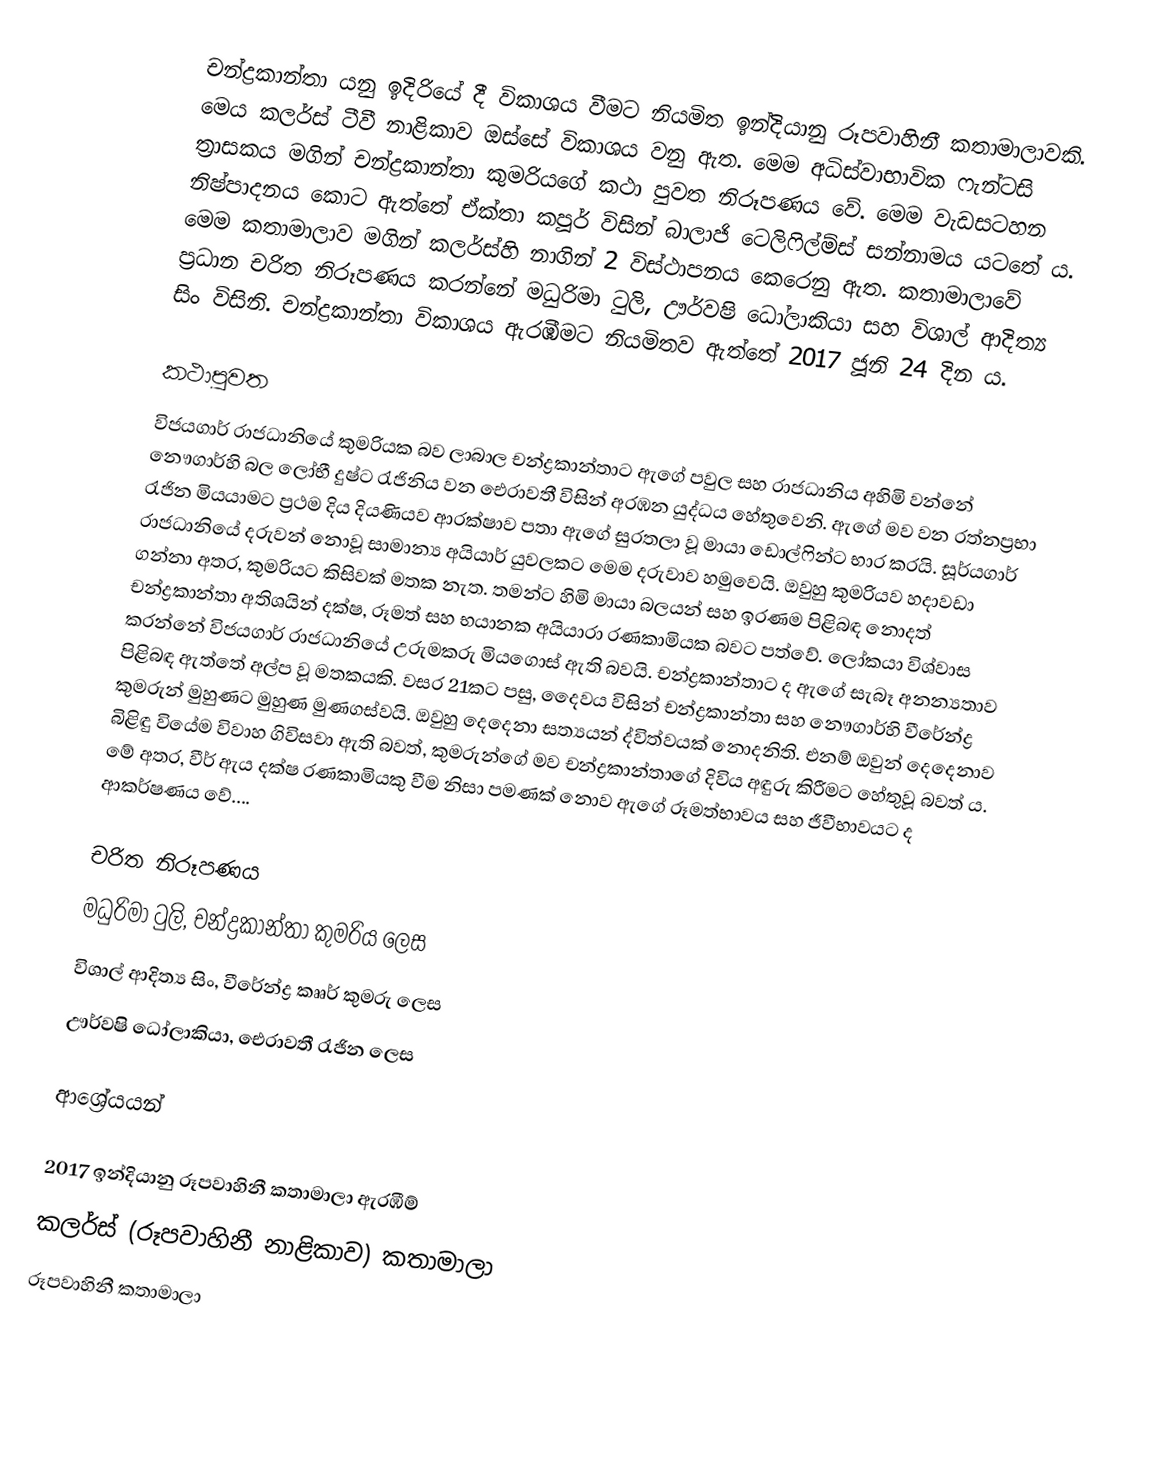
චන්ද්‍රකාන්තා යනු ඉදිරියේ දී විකාශය වීමට නියමිත ඉන්දියානු රූපවාහිනී කතාමාලාවකි. මෙය කලර්ස් ටීවී නාළිකාව ඔස්සේ විකාශය වනු ඇත. මෙම අධිස්වාභාවික ෆැන්ටසි ත්‍රාසකය මගින් චන්ද්‍රකාන්තා කුමරියගේ කථා පුවත නිරූපණය වේ. මෙම වැඩසටහන නිෂ්පාදනය කොට ඇත්තේ ඒක්තා කපූර් විසින් බාලාජි ටෙලිෆිල්ම්ස් සන්නාමය යටතේ ය. මෙම කතාමාලාව මගින් කලර්ස්හි නාගින් 2 විස්ථාපනය කෙරෙනු ඇත. කතාමාලාවේ ප්‍රධාන චරිත නිරූපණය කරන්නේ මධුරිමා ටුලි, ඌර්වෂි ධෝලාකියා සහ විශාල් ආදිත්‍ය සිං විසිනි. චන්ද්‍රකාන්තා විකාශය ඇරඹීමට නියමිතව ඇත්තේ 2017 ජූනි 24 දින ය.

කථාපුවත
විජයගාර් රාජධානියේ කුමරියක බව ලාබාල චන්ද්‍රකාන්තාට ඇගේ පවුල සහ රාජධානිය අහිමි වන්නේ නෞගාර්හි බල ලෝභී දුෂ්ට රැජිනිය වන ඓරාවතී විසින් අරඹන යුද්ධය හේතුවෙනි. ඇගේ මව වන රත්නප්‍රභා රැජින මියයාමට ප්‍රථම දිය දියණියව ආරක්ෂාව පතා ඇගේ සුරතලා වූ මායා ඩොල්ෆින්ට භාර කරයි. සූර්යගාර් රාජධානියේ දරුවන් නොවූ සාමාන්‍ය අයියාර් යුවලකට මෙම දරුවාව හමුවෙයි. ඔවුහු කුමරියව හදාවඩා ගන්නා අතර, කුමරියට කිසිවක් මතක නැත. තමන්ට හිමි මායා බලයන් සහ ඉරණම පිළිබඳ නොදත් චන්ද්‍රකාන්තා අතිශයින් දක්ෂ, රූමත් සහ භයානක අයියාරා රණකාමියක බවට පත්වේ. ලෝකයා විශ්වාස කරන්නේ විජයගාර් රාජධානියේ උරුමකරු මියගොස් ඇති බවයි. චන්ද්‍රකාන්තාට ද ඇගේ සැබෑ අනන්‍යතාව පිළිබඳ ඇත්තේ අල්ප වූ මතකයකි. වසර 21කට පසු, දෛවය විසින් චන්ද්‍රකාන්තා සහ නෞගාර්හි වීරේන්ද්‍ර කුමරුන් මුහුණට මුහුණ මුණගස්වයි. ඔවුහු දෙදෙනා සත්‍යයන් ද්විත්වයක් නොදනිති. එනම් ඔවුන් දෙදෙනාව බිළිඳු වියේම විවාහ ගිවිසවා ඇති බවත්, කුමරුන්ගේ මව චන්ද්‍රකාන්තාගේ දිවිය අඳුරු කිරීමට හේතුවූ බවත් ය. මේ අතර, වීර් ඇය දක්ෂ රණකාමියකු වීම නිසා පමණක් නොව ඇගේ රූමත්භාවය සහ ජීවීභාවයට ද ආකර්ෂණය වේ....

චරිත නිරූපණය
මධුරිමා ටුලි, චන්ද්‍රකාන්තා කුමරිය ලෙස
විශාල් ආදිත්‍ය සිං, වීරේන්ද්‍ර කෲර් කුමරු ලෙස
ඌර්වෂි ධෝලාකියා, ඓරාවතී රැජින ලෙස

ආශ්‍රේයයන්

2017 ඉන්දියානු රූපවාහිනී කතාමාලා ඇරඹීම්
කලර්ස් (රූපවාහිනී නාළිකාව) කතාමාලා
රූපවාහිනී කතාමාලා